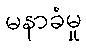
မနာခံမှု